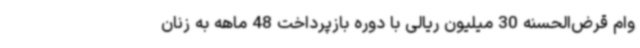
وام قرض‌الحسنه 30 میلیون ریالی با دوره بازپرداخت 48 ماهه به زنان